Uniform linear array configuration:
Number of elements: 32
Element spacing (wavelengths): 1
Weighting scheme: binomial
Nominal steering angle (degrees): -30
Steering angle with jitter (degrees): -29.267
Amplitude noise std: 0.05
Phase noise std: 0.05

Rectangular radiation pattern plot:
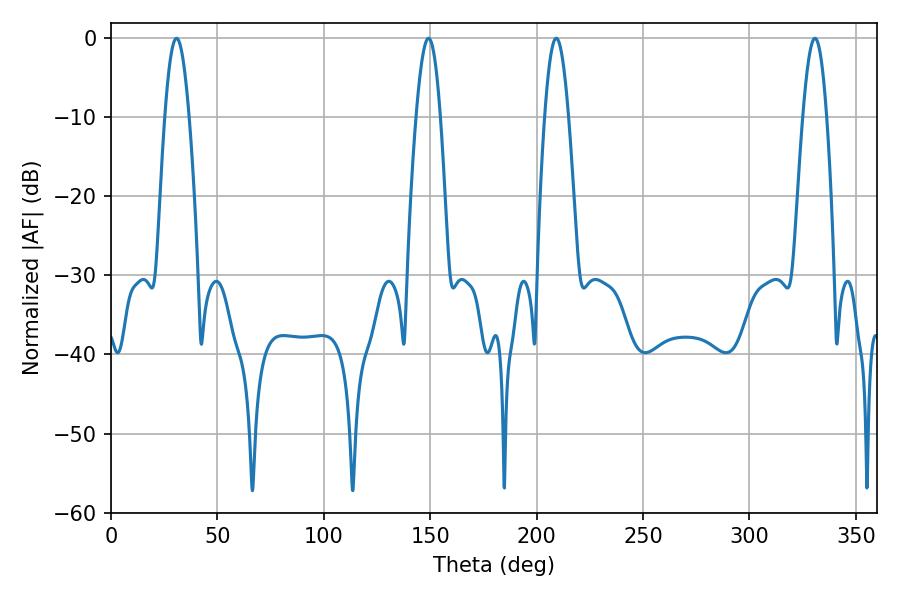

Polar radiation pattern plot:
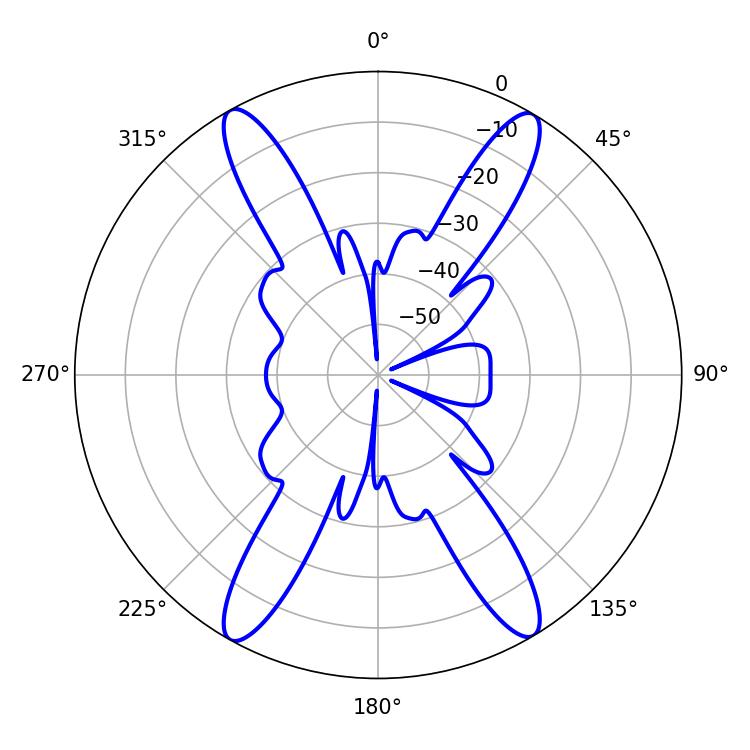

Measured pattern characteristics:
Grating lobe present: TRUE
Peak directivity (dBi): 24.389
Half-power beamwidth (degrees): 6.12
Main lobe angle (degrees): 30.78